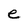
Character: e